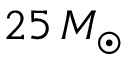
2 5 \, M _ { \odot }